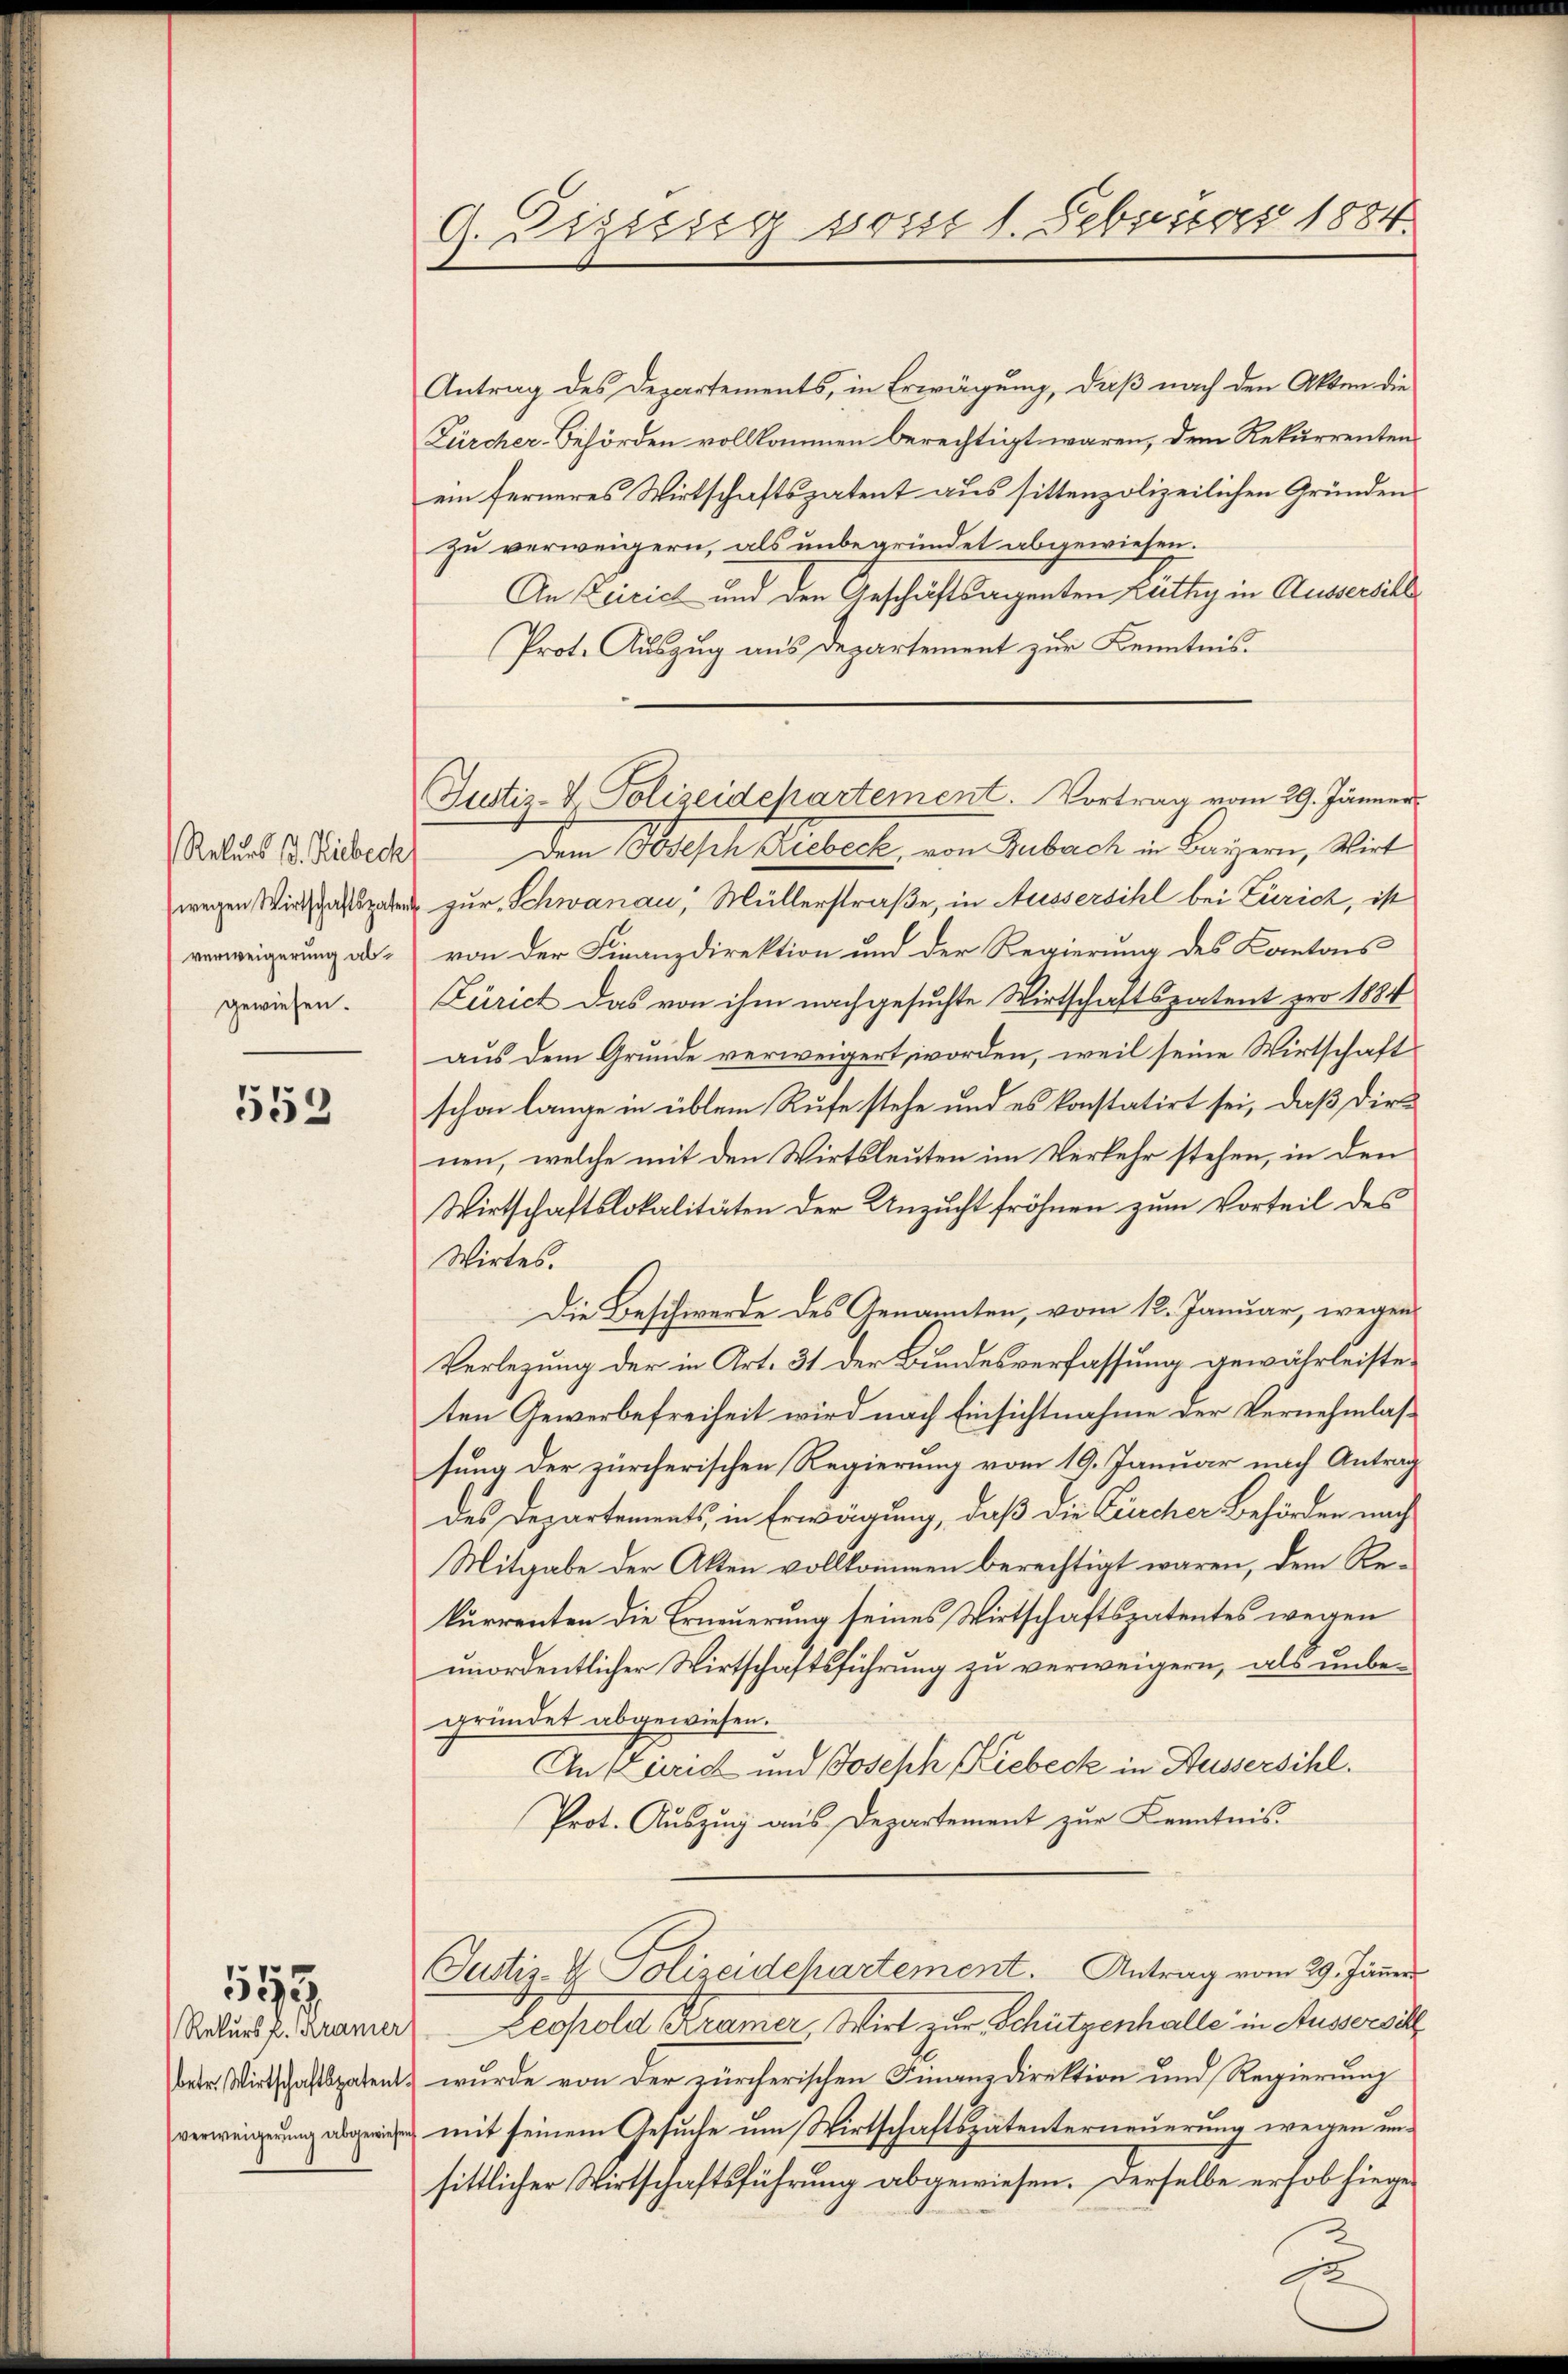
Rekurs P. Riebeck
verweigerung algewiesen.

552

117

Rekurs P. Kramer
verweigerung abgewiesen

G. Dizizig vom 1. Februar 1884

Antrag des Departements, in Erwägŭng, daβ nach den Akten die
Fürcher-Behörden vollkommen berechtigt waren, dem Rekurrenten
ein ferneres Wirtschaftspatent aus sittenpolizeilichen Gründen
zu verweigern, als unbegründet abgewiesen.
An Zicich und den Geschäftsagenten Lüthy in Aussersihl
Prot. Auszug aus Departement zur Kenntnis.
Dem Joseph Liebeck, von Zubach in Bauern, Wirt
wegen zur Schwanau, Müllerstraße, in Aussersihl bei Zürich, ist
von der Finanzdirektion und der Regierung des Kantons
Zürich das von ihm nachgesuchte Wirtschaftspatent pro 1884
aus dem Grunde verweigert worden, weil seine Wirtschaft
schon lange in üblem Rufe stehe und es konstatirt sei, daß dienen, welche mit den Wirtsleuten im Verkehr stehen, in den
Wirtschaftslokalitäten der Unzucht fröhnen zum Vorteil des
Wirtes.
Die Beschwerde des Genannten, vom 12. Januar, wegen
Verlegung der in Art. 31 der Bundesverfassung gewährleisteten Gewerbefreiheit wird nach Einsichtnahme der Vernehmlassung der zürcherischen Regierung vom 19. Januar nach Antrag
des Departements, in Erwägung, daß die Kircher Behörden nach
Mitgabe der Akten vollkommen berechtigt waren, dem Rekurrenten die Erneuerung seines Wirtschaftspatentes wegen
unordentlicher Wirtschaftsführung zu verweigern, als unbegründet abgewiesen.
An Zürich und Joseph Kiebeck in Aussersihl.
Prot. Auszug aus Departement zur Kenntnis.
Justiz- & Polizeidchartement. Antrag vom 29. Jänner
Leopold Kramer, Wirt zur Schützenhalle in Ausserschl
betr. Wirtschaftspatent wurde von der zürcherischen Finanzdirektion und Regierŭng
mit seinem Gesuche um Wirtschaftspatenterneuerung wegen unsittlicher Wirtschaftsführung abgewiesen. Derselbe erhob hiege¬

Justiz- & Polizeidehartement. Vortrag vom 29. Jänner